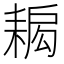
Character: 𦔁